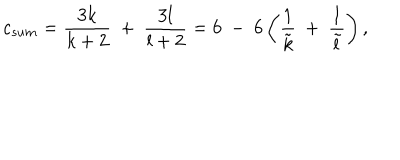
c _ { s u m } = { \frac { 3 k } { k + 2 } } ~ + ~ { \frac { 3 l } { l + 2 } } = 6 ~ - ~ 6 \left( { \frac { 1 } { \tilde { k } } } ~ + ~ { \frac { 1 } { \tilde { l } } } \right) ,